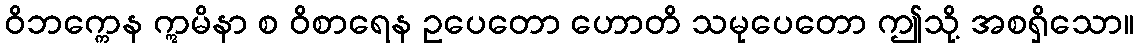
ဝိဘက္ကေန ဣမိနာ စ ဝိစာရေန ဥပေတော ဟောတိ သမုပေတော ဤသို့ အစရှိသော။